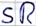
Text: SR